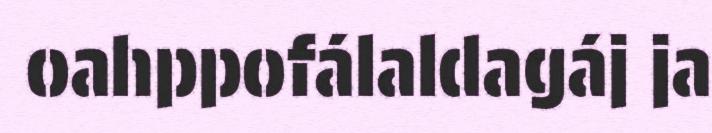
oahppofálaldagáj ja